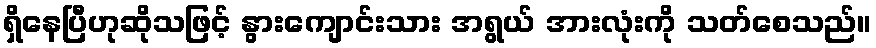
ရှိနေပြီဟုဆိုသဖြင့် နွားကျောင်းသား အရွယ် အားလုံးကို သတ်စေသည်။